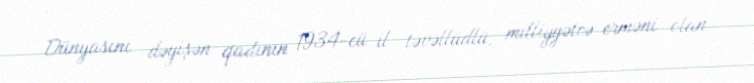
Dünyasını dəyişən qadının 1934-cü il təvəllüdlü, milliyyətcə erməni olan